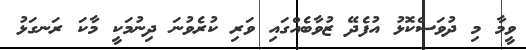
ވީމާ މި ދުވަސްކޮޅު އުފެދޭ ޒުވާބެއްގައި ވަރި ކުރެވުނަ ދިނުމަކީ މާކަ ރަނގަޅު